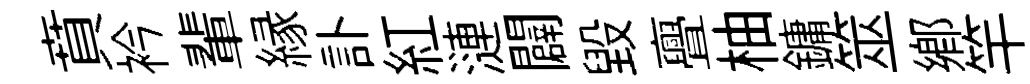
賁衿輩縁訃紅漣闢毁亹柚鏞筮鄕竿